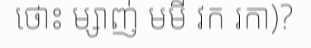
ថោះ ម្សាញ់ មមី វក រកា)?